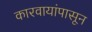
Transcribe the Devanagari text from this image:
कारवायांपासून